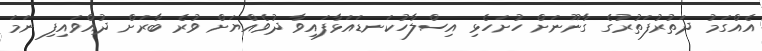
އެއްގަމު ދަތުރުފަތުރުގެ ގާނޫނަށް ހުށަހެޅި އިސްލާހުކަނޑައަޅާފައިވާ ދުވެއްޔަށް ވުރެ ބާރަށް ދުއްވައިފި ނަމަ